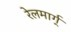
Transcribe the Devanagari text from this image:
रेलमार्ग्